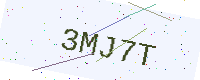
Text: 3MJ7T